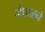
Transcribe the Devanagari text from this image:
नेपाळने